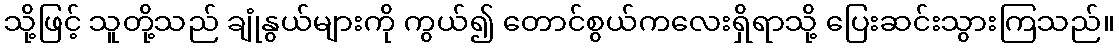
သို့ဖြင့် သူတို့သည် ချုံနွယ်များကို ကွယ်၍ တောင်စွယ်ကလေးရှိရာသို့ ပြေးဆင်းသွားကြသည်။